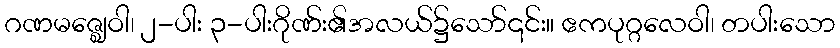
ဂဏမဇ္ဈေဝါ၊ ၂-ပါး ၃-ပါးဂိုဏ်း၏အလယ်၌သော်၎င်း။ ဧကပုဂ္ဂလေဝါ၊ တပါးသော